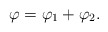
\begin{align*}\varphi=\varphi_1+\varphi_2.\end{align*}